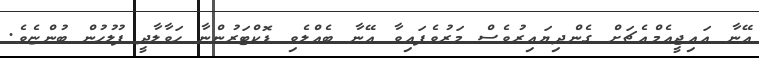
އޭނާ އައިޖީއެމްއެޗަށް ގެންދިޔައިރުވެސް މަރުވެފައިވާ އޭނާ ބެއްލެވި ޑޮކްޓަރުންނާ ހަވާލާދީ ފުލުހުން ބުންޏެވެ.